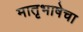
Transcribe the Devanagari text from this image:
मातृभाषेचा